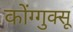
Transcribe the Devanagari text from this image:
कोंग्गुक्सू